Report of the Municipal Commissioner on the plague in Bombay for the year ending 31st May... - Volume 1
Disease focus: Plague
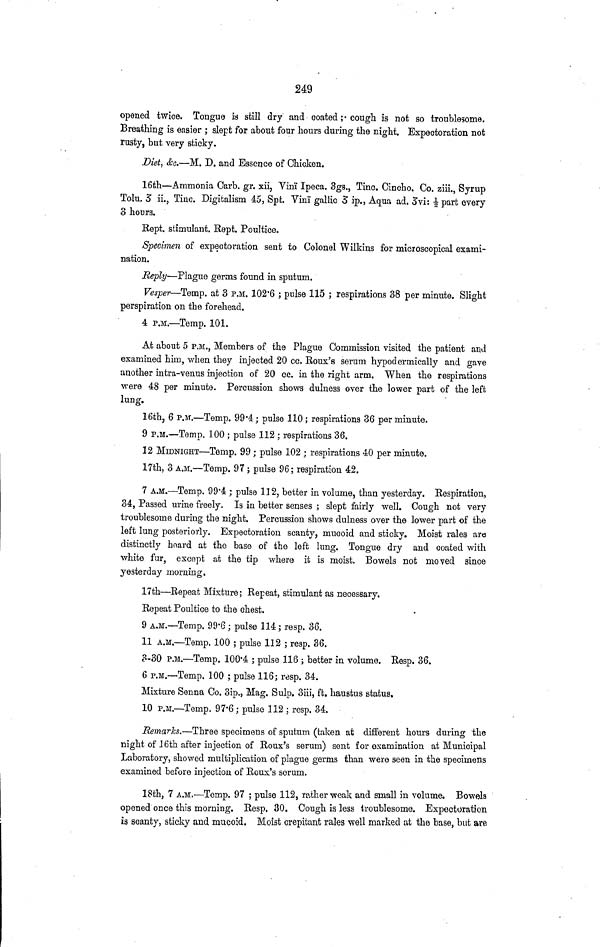
249
opened twice. Tongue is still dry and coated ;· cough is not so troublesome.
Breathing is easier ; slept for about four hours during the night. Expectoration not
rusty, but very sticky.
Diet, &c.—M. D. and Essence of Chicken.
16th—Ammonia Carb. gr, xii, Vinï Ipeca. 3gs., Tinc. Cincho. Co. ziii., Syrup
Tolu. 5 ii., Tinc. Digitalism 45, Spt. Vinï gallic 5 ip., Aqua ad. 3vi: 1/2 part every
3 hours.
Rept. stimulant. Rept. Poultice.
Specimen of expectoration sent to Colonel Wilkins for microscopical exami-
nation.
Reply—Plague germs found in sputum.
Vesper—Temp, at 3 P.M. 102·6 ; pulse 115 ; respirations 38 per minute. Slight
perspiration on the forehead.
4 P.M.—Temp. 101.
At about 5 P.M., Members of the Plague Commission visited the patient and
examined him, when they injected 20 cc. Roux's serum hypodermically and gave
another intra-venus injection of 20 cc. in the right arm. When the respirations
were 48 per minute. Percussion shows dulness over the lower part of the left
lung.
16th, 6 P.M.—Temp. 99·4; pulse 110 ; respirations 36 per minute.
9 P.M.—Temp. 100 ; pulse 112 ; respirations 36.
12 MIDNIGHT—Temp. 99 ; pulse 102 ; respirations 40 per minute.
17th, 3 A.M.—Temp. 97 ; pulse 96; respiration 42.
7 A.M.—Temp. 99·4 ; pulse 112, better in volume, than yesterday. Respiration,
34, Passed urine freely. Is in better senses ; slept fairly well. Cough not very
troublesome during the night. Percussion shows dulness over the lower part of the
left lung posteriorly. Expectoration scanty, mucoid and sticky. Moist rales aro
distinctly hoard at the base of the left lung. Tongue dry and coated with
white fur, except at the tip where it is moist. Bowels not moved since
yesterday morning.
17th—Repeat Mixture; Repeat, stimulant as necessary.
Repeat Poultice to the chest.
9 A.M.—Temp. 99·6 ; pulse 114 ; resp. 36.
11 A.M.—Temp. 100 ; pulse 112 ; resp. 36.
3-30 P.M.—Temp. 100·4 ; pulse 116 ; better in volume. Resp. 36.
6 P.M.—Temp. 100 ; pulse 116; resp. 34.
Mixture Senna Co. 3ip., Mag. Sulp. 3iii, ft. haustus status.
10 P.M.—Temp. 97·6 ; pulse 112 ; resp. 34.
Remarks.—Three specimens of sputum (taken at different hours during the
night of 16th after injection of Roux's serum) sent for examination at Municipal
Laboratory, showed multiplication of plague germs than were seen in the specimens
examined before injection of Roux's serum.
18th, 7 A.M.—Temp. 97 ; pulse 112, rather weak and small in volume. Bowels
opened once this morning. Resp. 30. Cough is less troublesome. Expectoration
is scanty, sticky and mucoid. Moist crépitant rales well marked at the base, but are